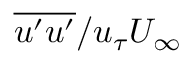
\overline { { u ^ { \prime } u ^ { \prime } } } / u _ { \tau } U _ { \infty }